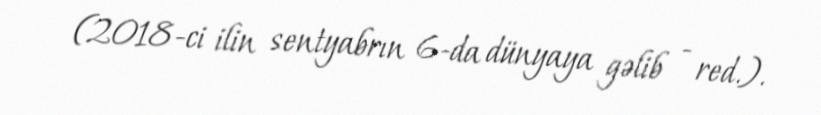
(2018-ci ilin sentyabrın 6-da dünyaya gəlib - red.).